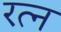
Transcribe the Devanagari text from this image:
रत्‍न